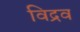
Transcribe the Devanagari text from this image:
विद्रव